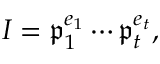
I = { \mathfrak { p } } _ { 1 } ^ { e _ { 1 } } \cdots { \mathfrak { p } } _ { t } ^ { e _ { t } } ,